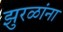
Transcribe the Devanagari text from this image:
झुरळांना